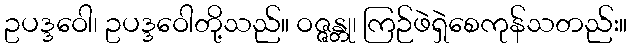
ဥပဒ္ဒဝေါ၊ ဥပဒ္ဒဝေါတို့သည်။ ဝဇ္ဇန္တု၊ ကြဉ်ဖဲရှဲစေကုန်သတည်း။